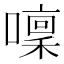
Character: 𡀫